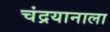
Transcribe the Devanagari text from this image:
चंद्रयानाला